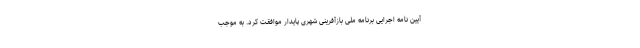
آیین نامه اجرایی برنامه ملی بازآفرینی شهری پایدار موافقت کرد. به موجب